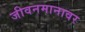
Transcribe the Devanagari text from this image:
जीवनमानावर